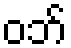
ဝဘ်